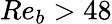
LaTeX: Re_{b}>48